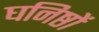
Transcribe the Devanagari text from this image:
घनिष्ठों